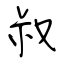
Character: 叔